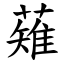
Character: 薙